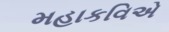
મહાકવિએ